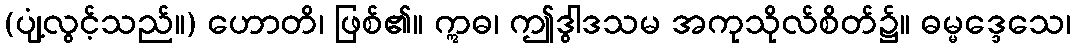
(ပျံ့လွင့်သည်။) ဟောတိ၊ ဖြစ်၏။ ဣဓ၊ ဤဒွါဒသမ အကုသိုလ်စိတ်၌။ ဓမ္မဒ္ဒေသေ၊